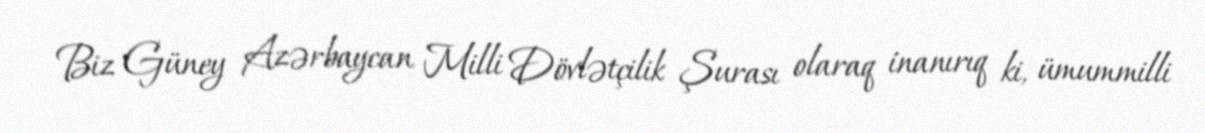
Biz Güney Azərbaycan Milli Dövlətçilik Şurası olaraq inanırıq ki, ümummilli